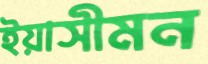
ইয়াসীমন